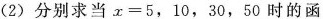
(2)分别求当$$x = 5 ， 1 0 ， 3 0 ， 5 0$$时的函